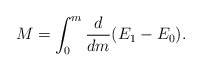
\begin{align*}M = \int_0^m {d\over dm} ( E_{1} - E_{0} ).\end{align*}